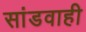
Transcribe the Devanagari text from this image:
सांडवाही